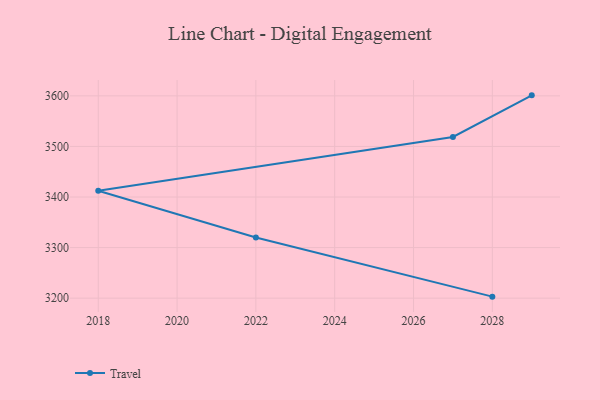
{"axis": {"x": "Year", "y": "Population (Million)"}, "legend": ["Travel"], "data": [{"x": "2029", "y": 3601.0, "type": "Travel"}, {"x": "2027", "y": 3518.7, "type": "Travel"}, {"x": "2018", "y": 3412.5, "type": "Travel"}, {"x": "2022", "y": 3319.9, "type": "Travel"}, {"x": "2028", "y": 3203.0, "type": "Travel"}]}